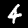
Digit: 4